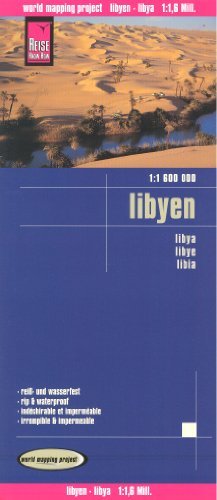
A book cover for Libya 1:1,600,000 Travel Map, rip-proof, GPS-compatible, REISE; Reise Knowhow; Travel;